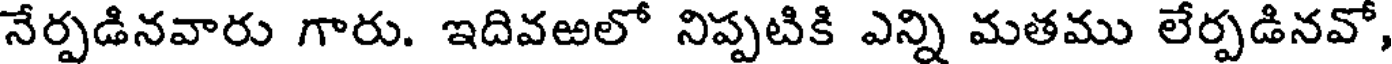
నేర్పడినవారు గారు. ఇదివఱలో నిప్పటికి ఎన్ని మతము లేర్పడినవో,